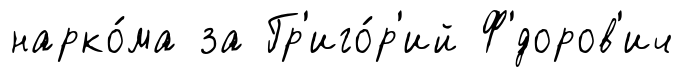
нарко́ма за Гр'иго́р'ий Ф'́доров'ич